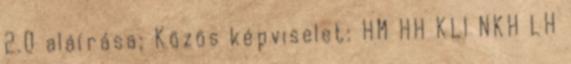
2.0 aláírása; Közös képviselet: HM HH KLI NKH LH